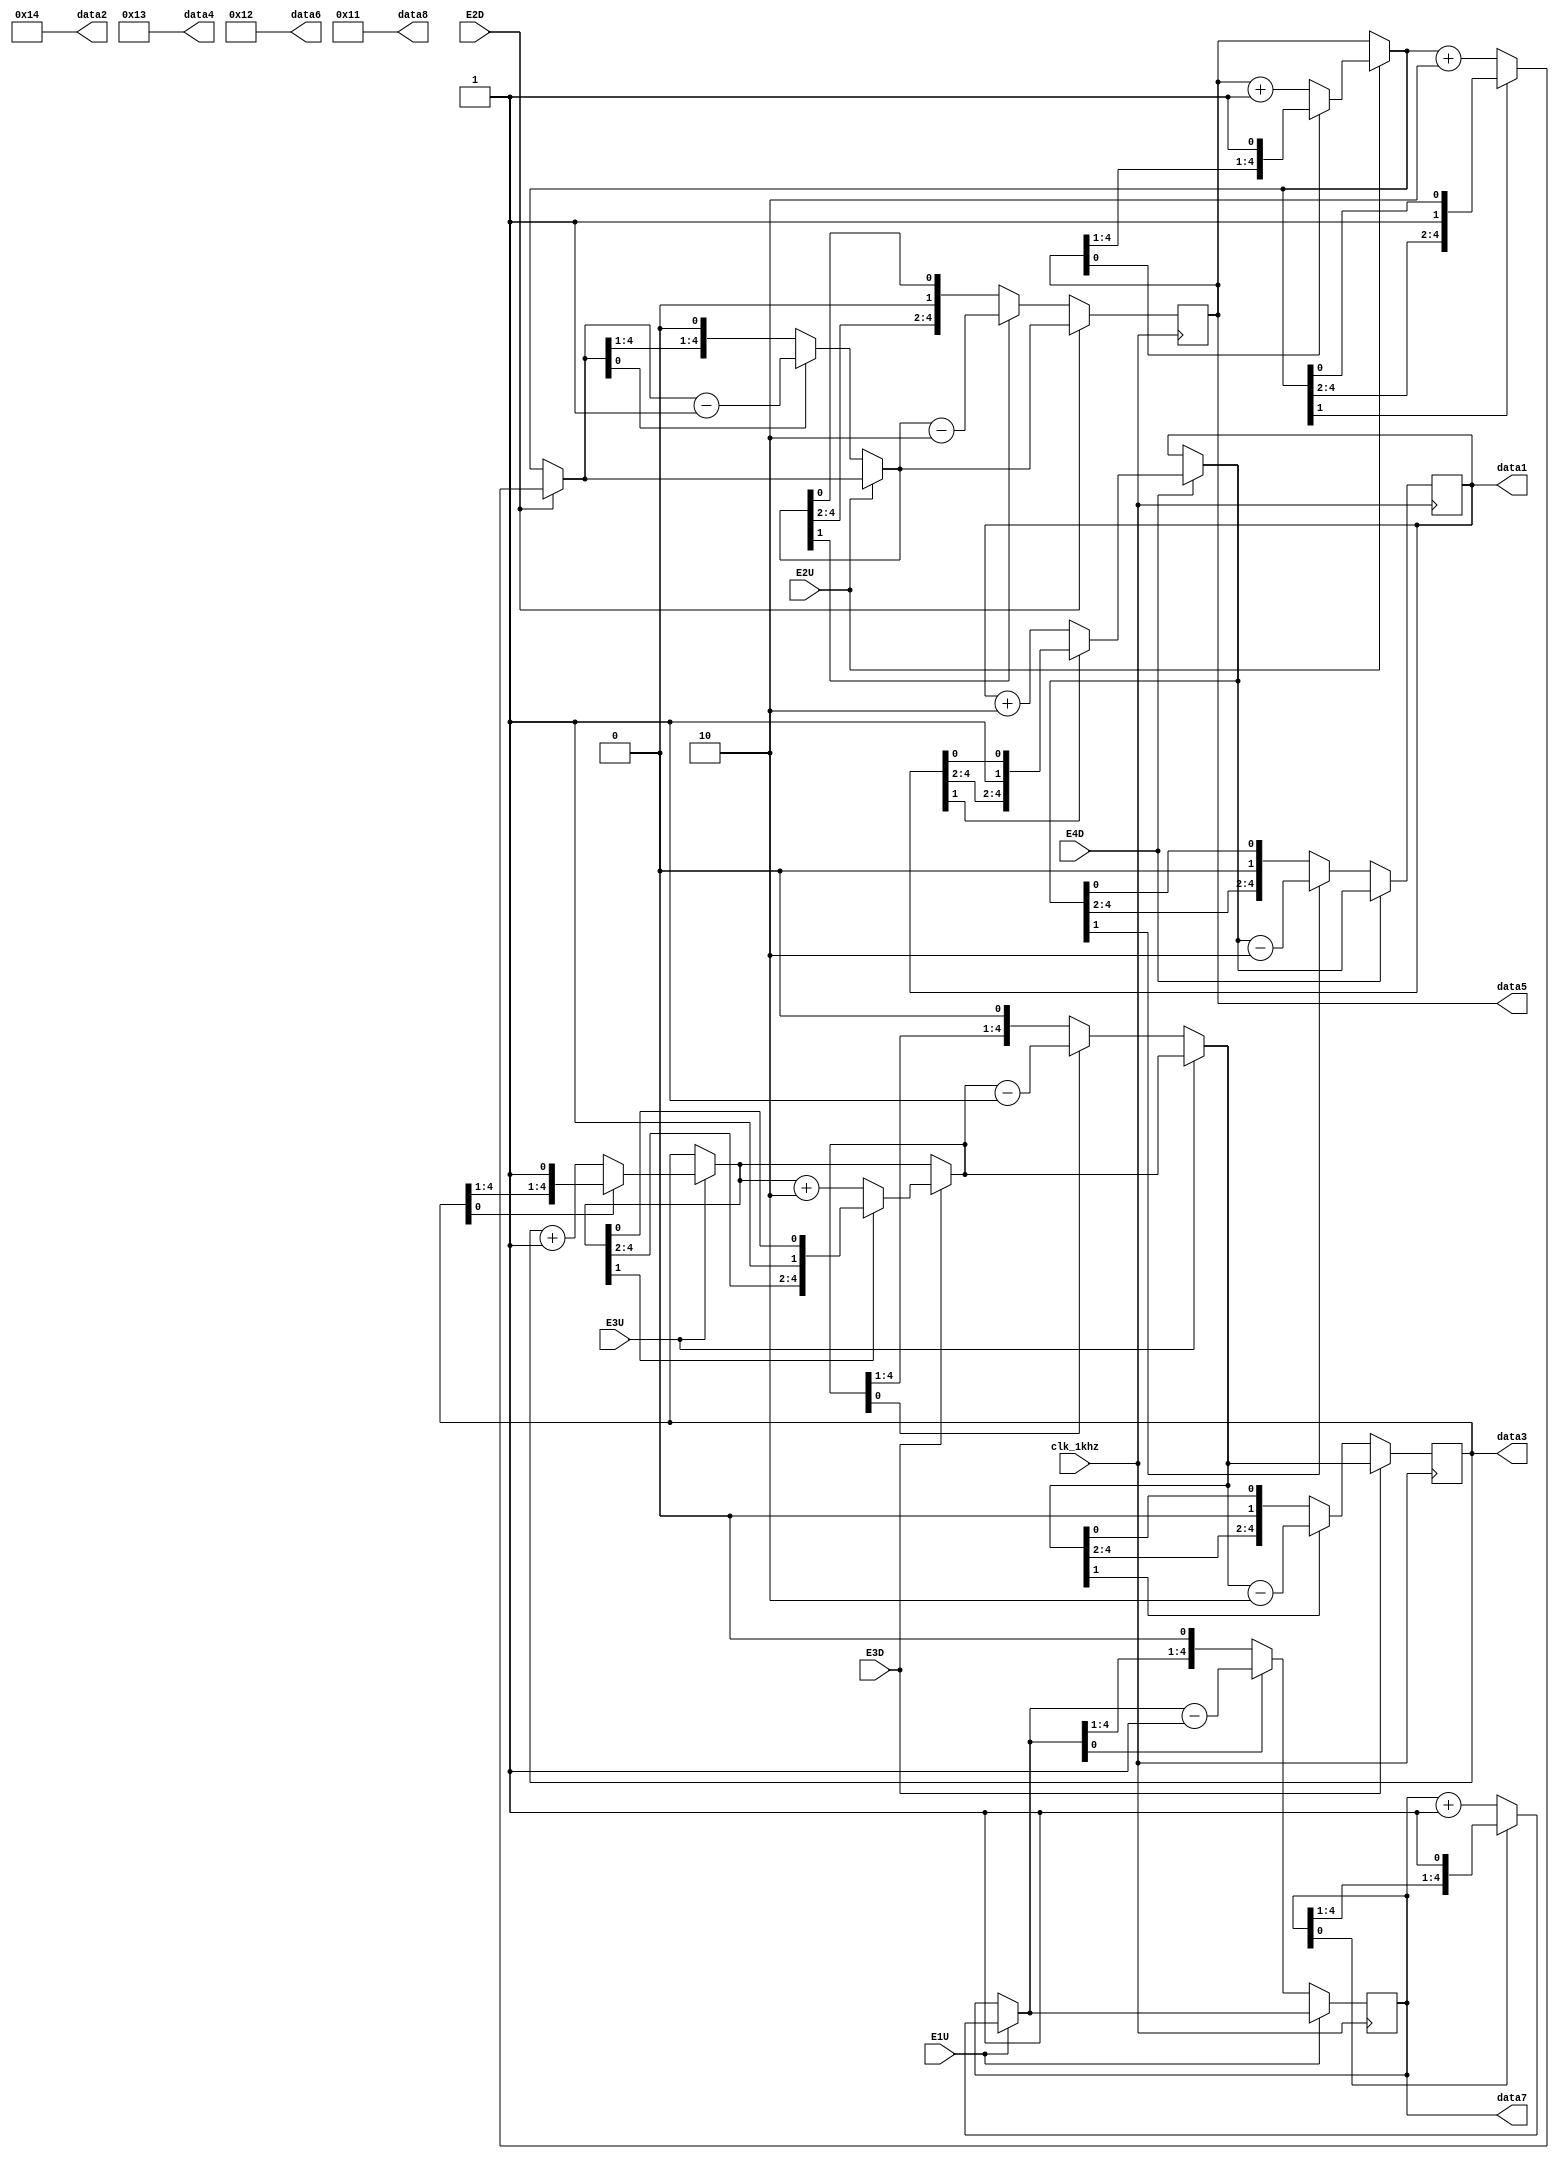
module OuterBtn(clk_1khz,E1U,E2U,E2D,E3U,E3D,E4D,data1,data2,data3,data4,data5,data6,data7,data8);
	input clk_1khz,E1U,E2U,E2D,E3U,E3D,E4D;
	output [4:0]data1,data2,data3,data4,data5,data6,data7,data8;
	reg [4:0]data1,data2,data3,data4,data5,data6,data7,data8;
	
	initial	begin
			data8<=5'b10001;
			data6<=5'b10010;
			data4<=5'b10011;
			data2<=5'b10100;
			data1<=5'b00000;
			data3<=5'b00000;
			data5<=5'b00000;
			data7<=5'b00000;
	end
	
	always @ (posedge clk_1khz)
	begin
		if(E1U == 1) 	if(data7[0] == 0)	data7 = data7 + 5'b00001;
		if(E2U == 1)	if(data5[0] == 0)	data5	= data5 + 5'b00001;
		if(E2D == 1)	if(data5[1] == 0)	data5	= data5 + 5'b00010;
		if(E3U == 1)	if(data3[0] == 0)	data3	= data3 + 5'b00001;
		if(E3D == 1)	if(data3[1] == 0)	data3 = data3 + 5'b00010;
		if(E4D == 1)	if(data1[1] == 0)	data1 = data1 + 5'b00010;
			
		if(E1U == 0)	if(data7[0] == 1)	data7 = data7 - 5'b00001;
		if(E2U == 0)	if(data5[0] == 1)	data5 = data5 - 5'b00001;
		if(E2D == 0)	if(data5[1] == 1)	data5 = data5 - 5'b00010;
		if(E3U == 0)	if(data3[0] == 1)	data3 = data3 - 5'b00001;
		if(E3D == 0)	if(data3[1] == 1)	data3 = data3 - 5'b00010;
		if(E4D == 0)	if(data1[1] == 1)	data1 = data1 - 5'b00010;
	end
endmodule